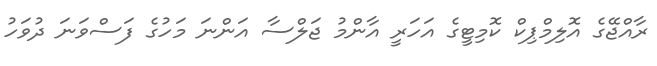
ރާއްޖޭގެ އޮލިމްޕިކް ކޮމިޓީގެ އަހަރީ އާންމު ޖަލްސާ އަންނަ މަހުގެ ފަސްވަނަ ދުވަހު